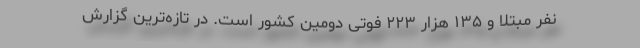
نفر مبتلا و ۱۳۵ هزار ۲۲۳ فوتی دومین کشور است. در تازه‌ترین گزارش